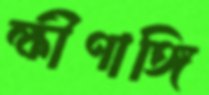
ক্ষীণাঙ্গি